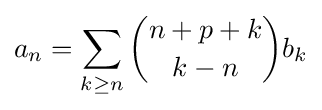
a_{n}=\sum _{k\geq n}{\binom {n+p+k}{k-n}}b_{k}